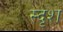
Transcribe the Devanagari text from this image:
स्दृश